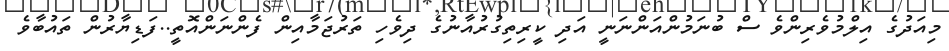
މިއަދުގެ އިލްމުވެރިންވެ ސް ބުނަމުންއަންނަނީ އަދި ކީރިތިގުރުއާނުގެ ދިވެހި ތަރުޖަމާއިން ފެންނަންއޮތީ..ފަޑިޔާރުން ތައުބާވެ